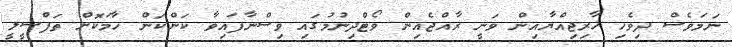
ނަމަވެސް ދިވެހި ޚާރިޖިއްޔާއިން ވަނީ ރާއްޖެއިން ވޯޓްދިނުމުގައި ވިސްނާފައިވާ ކަންކަން ހާމަކޮށް ތަފްސީލީ